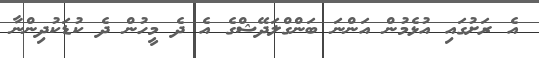
އެ ރަށުގައި އުޅެމުން އަންނަ ބަންގްލަދޭޝްގެ އެ ދެ މީހުން ދެ ކުޑަކުދިންނާ